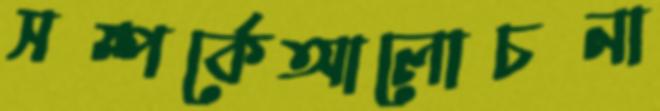
সম্পর্কেআলোচনা